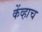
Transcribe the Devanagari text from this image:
केंव्हाच